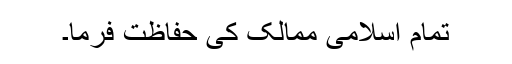
تمام اسلامی ممالک کی حفاظت فرما۔